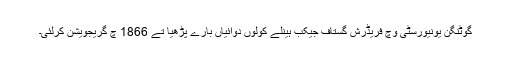
گوٹنگن یونیورسٹی وچ فریڈرش گستاف جیکب ہینلے کولوں دوائیاں بارے پڑھیا تے 1866 چ گریجویشن کرلئی۔